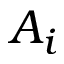
A _ { i }